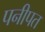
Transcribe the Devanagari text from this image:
पनीपत